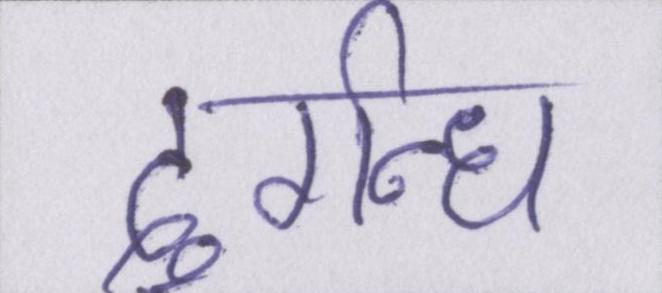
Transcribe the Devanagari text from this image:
दुर्गन्ध